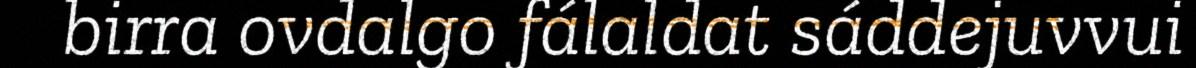
birra ovdalgo fálaldat sáddejuvvui